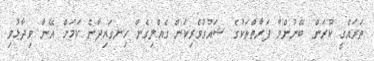
ތަރައްގީ ކުރަން ބޭނުންވާ ފަރާތްތަކުގެ ޝައުގުވެރިކަން ގެއްލިގެން ހިނގައިދާނެ ކަމަށް އޭނާ ވިދާޅުވި